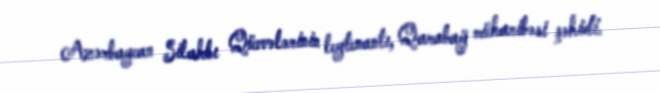
Azərbaycan Silahlı Qüvvələrinin leytenantı, Qarabağ müharibəsi şəhidi.